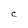
Character: C